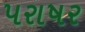
પરાષર